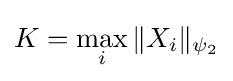
K=\max _{i}\|X_{i}\|_{\psi _{2}}